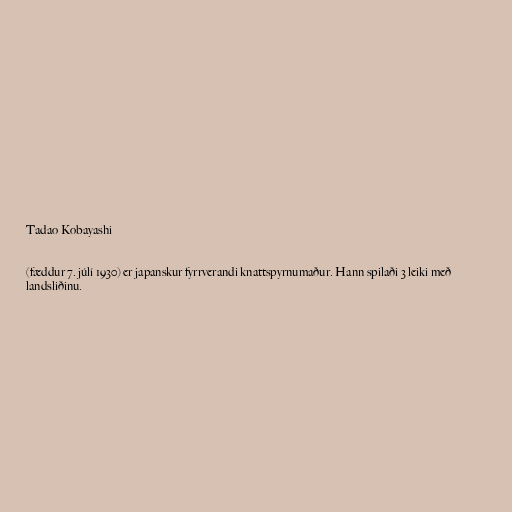
Tadao Kobayashi

(fæddur 7. júlí 1930) er japanskur fyrrverandi knattspyrnumaður. Hann spilaði 3 leiki með
landsliðinu.